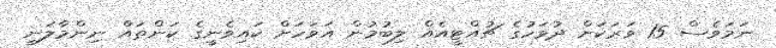
ނަމަވެސް 15 ވަރަކަށް ދުވަހުގެ ޗުއްޓީއެއް ލިބުމުން އަވަހަށް ކައިވެނީގެ ކަންތައް ނިންމާލަނީ